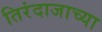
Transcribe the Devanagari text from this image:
तिरंदाजाच्या